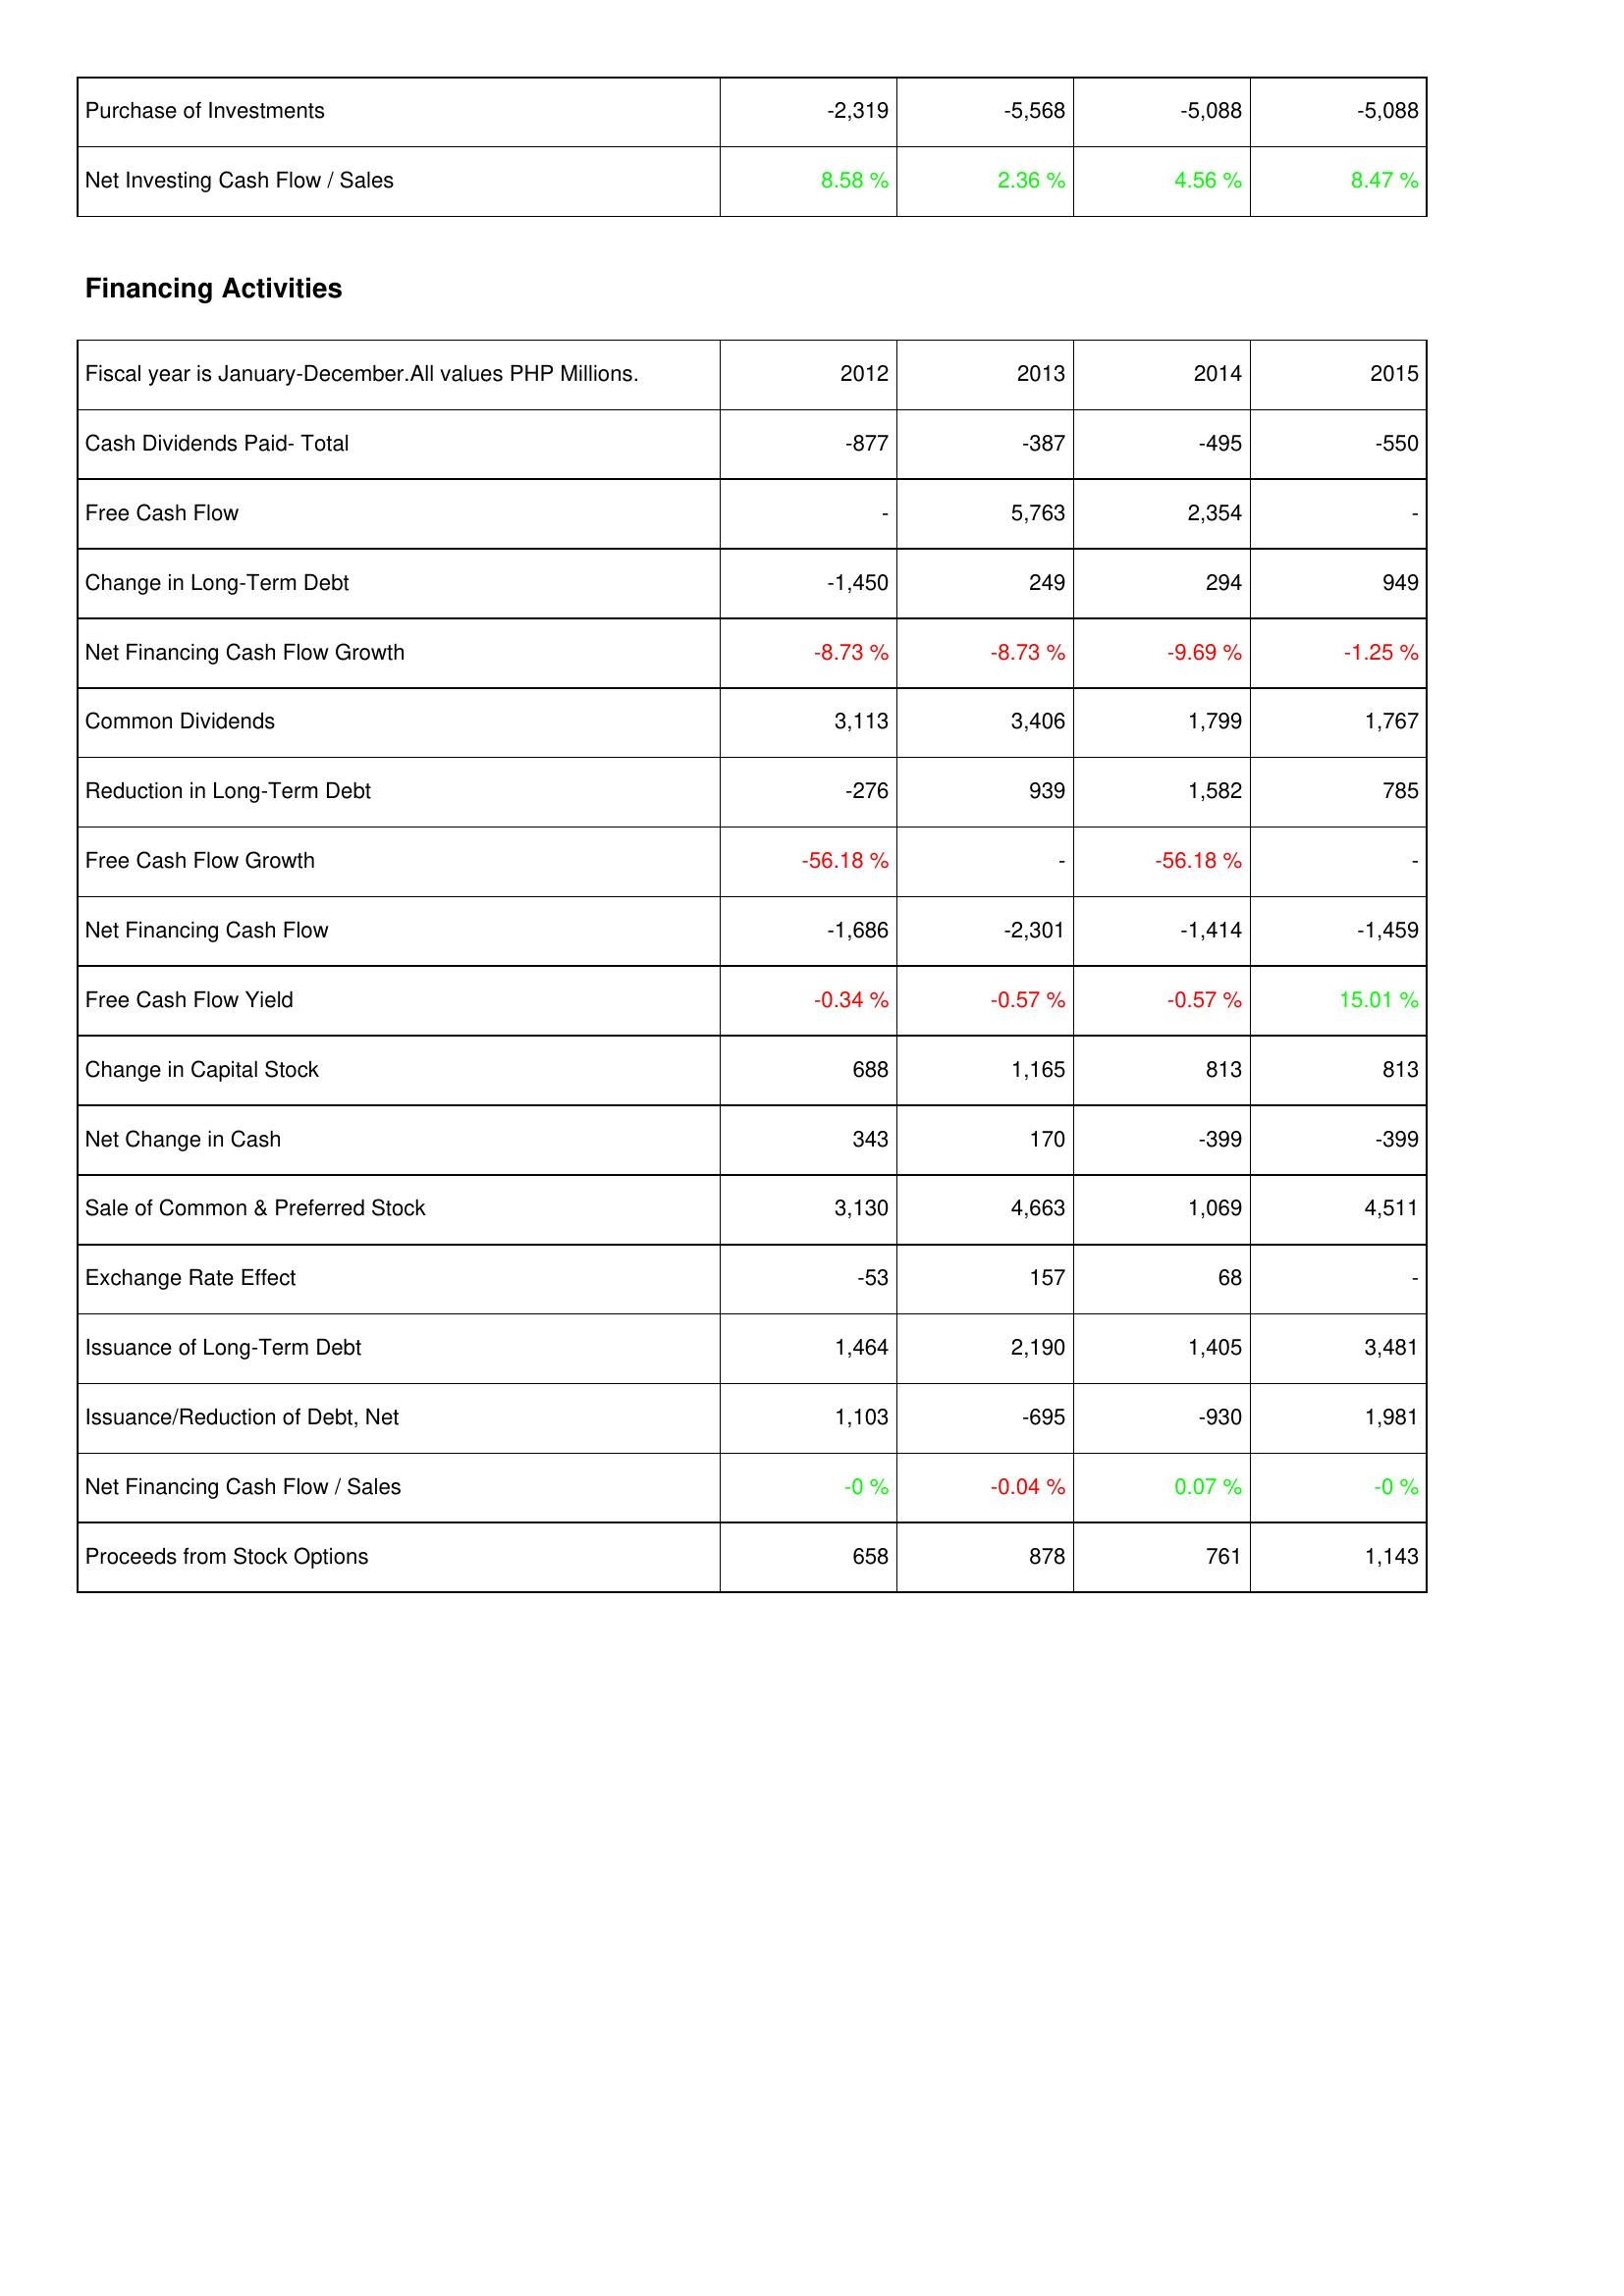
2012: Investing Activities: Purchase of Investments: -2,319
Net Investing Cash Flow / Sales: 8.58 %
Financing Activities: Cash Dividends Paid- Total: -877
Free Cash Flow: -
Change in Long-Term Debt: -1,450
Net Financing Cash Flow Growth: -8.73 %
Common Dividends: 3,113
Reduction in Long-Term Debt: -276
Free Cash Flow Growth: -56.18 %
Net Financing Cash Flow: -1,686
Free Cash Flow Yield: -0.34 %
Change in Capital Stock: 688
Net Change in Cash: 343
Sale of Common & Preferred Stock: 3,130
Exchange Rate Effect: -53
Issuance of Long-Term Debt: 1,464
Issuance/Reduction of Debt, Net: 1,103
Net Financing Cash Flow / Sales: -0 %
Proceeds from Stock Options: 658
2013: Investing Activities: Purchase of Investments: -5,568
Net Investing Cash Flow / Sales: 2.36 %
Financing Activities: Cash Dividends Paid- Total: -387
Free Cash Flow: 5,763
Change in Long-Term Debt: 249
Net Financing Cash Flow Growth: -8.73 %
Common Dividends: 3,406
Reduction in Long-Term Debt: 939
Free Cash Flow Growth: -
Net Financing Cash Flow: -2,301
Free Cash Flow Yield: -0.57 %
Change in Capital Stock: 1,165
Net Change in Cash: 170
Sale of Common & Preferred Stock: 4,663
Exchange Rate Effect: 157
Issuance of Long-Term Debt: 2,190
Issuance/Reduction of Debt, Net: -695
Net Financing Cash Flow / Sales: -0.04 %
Proceeds from Stock Options: 878
2014: Investing Activities: Purchase of Investments: -5,088
Net Investing Cash Flow / Sales: 4.56 %
Financing Activities: Cash Dividends Paid- Total: -495
Free Cash Flow: 2,354
Change in Long-Term Debt: 294
Net Financing Cash Flow Growth: -9.69 %
Common Dividends: 1,799
Reduction in Long-Term Debt: 1,582
Free Cash Flow Growth: -56.18 %
Net Financing Cash Flow: -1,414
Free Cash Flow Yield: -0.57 %
Change in Capital Stock: 813
Net Change in Cash: -399
Sale of Common & Preferred Stock: 1,069
Exchange Rate Effect: 68
Issuance of Long-Term Debt: 1,405
Issuance/Reduction of Debt, Net: -930
Net Financing Cash Flow / Sales: 0.07 %
Proceeds from Stock Options: 761
2015: Investing Activities: Purchase of Investments: -5,088
Net Investing Cash Flow / Sales: 8.47 %
Financing Activities: Cash Dividends Paid- Total: -550
Free Cash Flow: -
Change in Long-Term Debt: 949
Net Financing Cash Flow Growth: -1.25 %
Common Dividends: 1,767
Reduction in Long-Term Debt: 785
Free Cash Flow Growth: -
Net Financing Cash Flow: -1,459
Free Cash Flow Yield: 15.01 %
Change in Capital Stock: 813
Net Change in Cash: -399
Sale of Common & Preferred Stock: 4,511
Exchange Rate Effect: -
Issuance of Long-Term Debt: 3,481
Issuance/Reduction of Debt, Net: 1,981
Net Financing Cash Flow / Sales: -0 %
Proceeds from Stock Options: 1,143